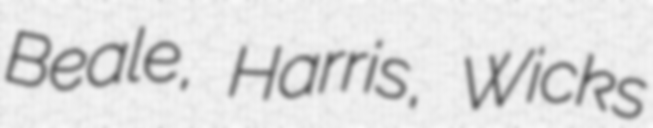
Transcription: Beale, Harris, Wicks